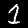
Digit: 1